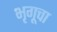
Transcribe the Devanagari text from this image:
भृगूचा